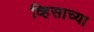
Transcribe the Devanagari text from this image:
व्हिसाच्या